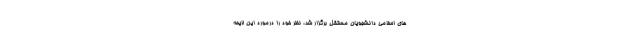
های اسلامی دانشجویان مستقل برگزار شد، نظر خود را درمورد این لایحه